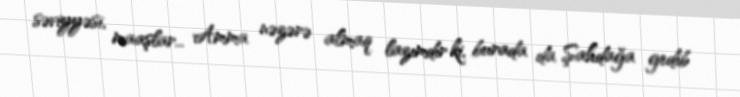
səviyyəsi, maaşlar... Amma nəzərə almaq lazımdır ki, burada da Şahdağa gedib